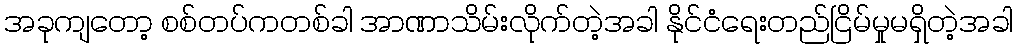
အခုကျတော့ စစ်တပ်ကတစ်ခါ အာဏာသိမ်းလိုက်တဲ့အခါ နိုင်ငံရေးတည်ငြိမ်မှုမရှိတဲ့အခါ